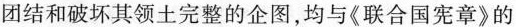
团结和破坏其领土完整的企图，均与《联合国宪章》的